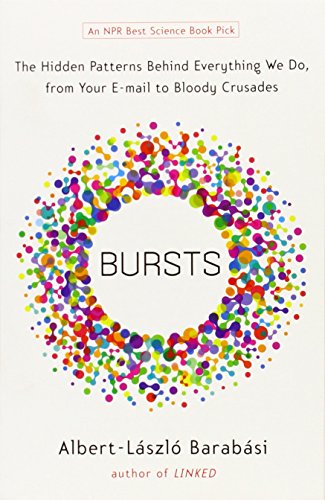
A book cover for Bursts: The Hidden Patterns Behind Everything We Do, from Your E-mail to Bloody Crusades; Albert-Laszlo Barabasi; Computers & Technology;